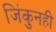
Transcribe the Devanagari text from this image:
जिंकुनही